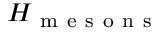
H _ { \mathrm { ~ m ~ e ~ s ~ o ~ n ~ s ~ } }